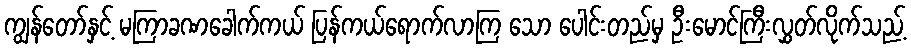
ကျွန်တော်နှင့် မကြာခဏခေါက်ကယ် ပြန်ကယ်ရောက်လာကြ သော ပေါင်းတည်မှ ဦးမောင်ကြီးလွှတ်လိုက်သည့်